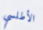
الأطلسي